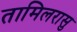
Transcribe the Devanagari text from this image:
तामिलरासु